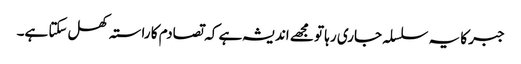
جبر کا یہ سلسلہ جاری رہا تو مجھے اندیشہ ہے کہ تصادم کا راستہ کھل سکتا ہے۔